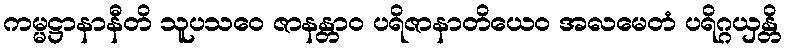
ကမ္မဋ္ဌာနာနီတိ သူပသဝေ ဇာနန္တာဝ ပရိဇာနာတိယေဝ အလမေတံ ပရိဂ္ဂယှန္တိ